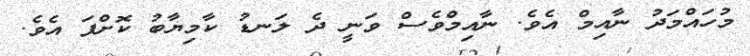
މުހައްމަދު ނާއިމް އެވެ. ނާއިމްވެސް ވަނީ ދެ ލަނޑު ކާމިޔާބު ކޮށްފަ އެވެ.